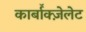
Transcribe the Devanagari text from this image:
कार्बॉक्ज़ेलेट